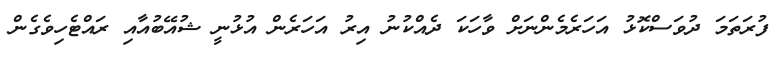
ފުރަތަމަ ދުވަސްކޮޅު އަހަރެމެންނަށް ވާހަކަ ދެއްކުނު އިރު އަހަރެން އުޅުނީ ޝުއޭބުއާއި ރައްޓެހިވެގެން